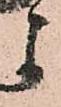
よ